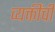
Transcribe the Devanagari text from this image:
व्यक्तींचीं